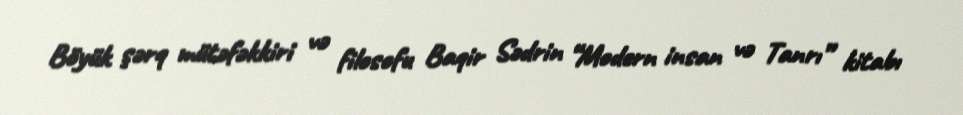
Böyük şərq mütəfəkkiri və filosofu Baqir Sədrin “Modern insan və Tanrı” kitabı